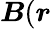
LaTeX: \boldsymbol{B}(\boldsymbol{r}